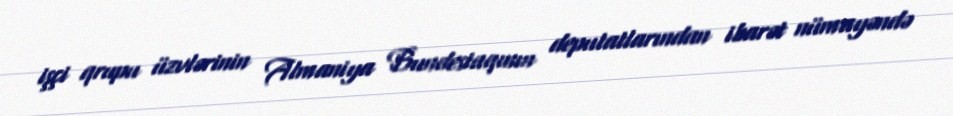
işçi qrupu üzvlərinin Almaniya Bundestaqının deputatlarından ibarət nümayəndə